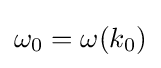
\omega _{0}=\omega (k_{0})